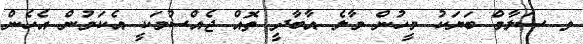
ވ ސަލާމް ބަޔަކު މީހުން މާލެ އާބާދީ ތޮއް ޖެއްސުމަކީ އެކަމުން އެހެން